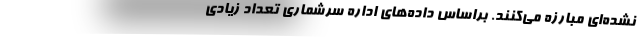
نشده‌ای مبارزه می‌کنند. براساس داده‌های اداره سرشماری تعداد زیادی